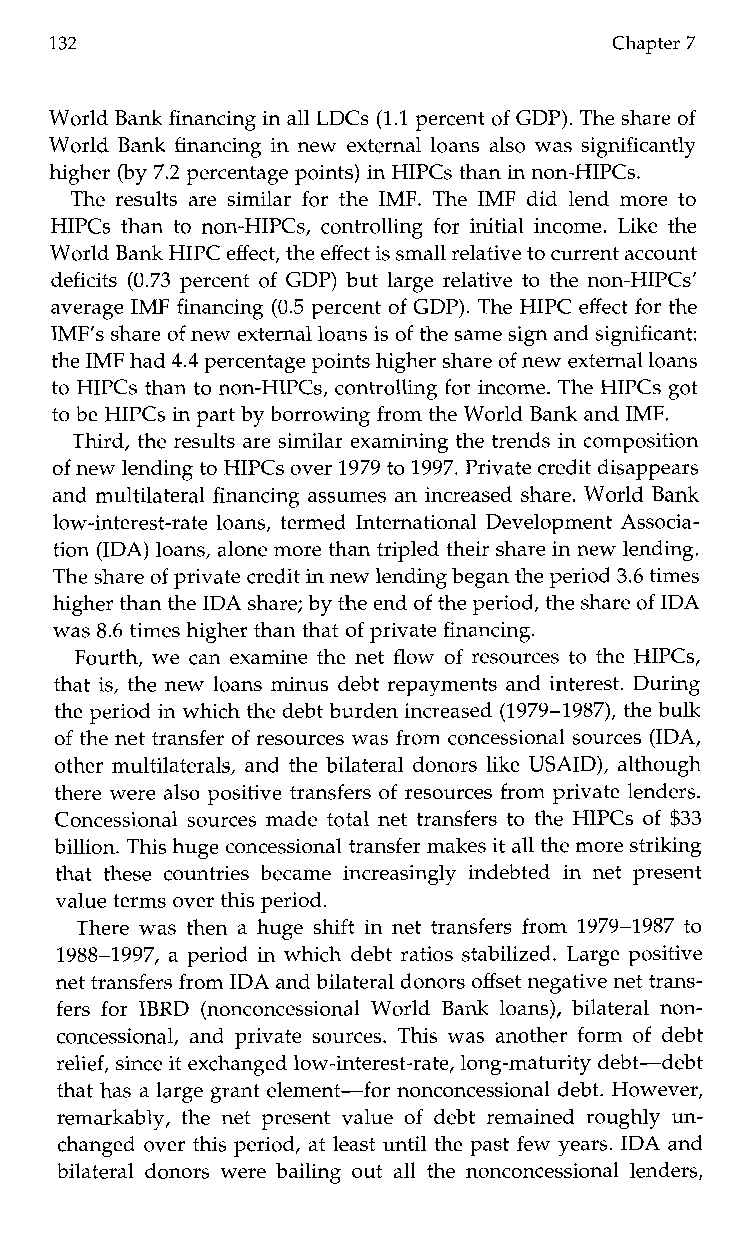
132                                  Chapter 7
 World Bank financing in all LDCs (1.1 percent of GDP). The share of
 World Bank financing in new external loans also was significantly
 higher (by 7.2 percentage points) in HIPCs than in non-HIPCs.
 The results are similar for the IMF.T heI MF did lend more to
 HIPCs than to non-HIPCs, controlling for initial income. Like the
 World Bank HIPC effect,t he effect is small relativeto current account
 deficits (0.73 percent of GDP) but large relative to the non-HIPCs’
 average IMF financing (0.5 percent of GDP). The HIPC effect for the
 IMF’s share of new external loans iso f the same sign andsi gnificant:
 the IMF had 4.4 percentage points higher shareof new external loans
 to HIPCs than to non-HlPCs, controlling for income. The HIPCs got
 to be HIPCs in part by borrowing from the WorlBd ank and IMF.
 Third, the results are similar examining the trends in composition
 of new lending to HIPCs over 1979 to 1997. Private credit disappears
 and multilateral financing assumes an increased share. World Bank
 low-interest-rate loans, termed International Development Associa-
 tion (IDA) loans, alone more than tripledt heir share in new lending.
 The share of private credit in new lending began the pe3ri.o6d ti mes
 higher than theI DA share; by the endo f the period, the share oIfD A
 was 8.6 times higher than that of private financing.
 Fourth, we can examine the net flow of resources to the HIPCs,
 that is, the new loans minus debt repayments and interest. During
 the period in which thed ebt burden increased (1979-1987), the bulk
 of the net transfer of resources was from concessional sources (IDA,
 other multilaterals, and the bilateral donors like USAID), although
 there were also positive transfers of resources from private lenders.
 Concessional sources made total net transfers to the HIPCs of $33
 billion. This huge concessional transfer makes it all the more striking
 thatt hesec ountries became increasingly indebted in netp resent
 value terms over this period.
 There was then a huge shift in net transfers from 1979-1987 to
 1988-1997, a period in which debt ratios stabilized. Large positive
 net transfers from IDA and bilateral donors offset negative net trans-
 fers for IBRD (nonconcessional WorldB ank loans), bilateral non-
 concessional, and private sources. This was another form of debt
 relief, since it exchanged low-interest-rate, long-maturity debt-debt
 that has a large grante lement-for nonconcessional debt. However,
 remarkably, the net present value of debt remained roughly un-
 changed over this period, at least until the past few years. IDA and
 bilateral donors were bailing out all the nonconcessional lenders,